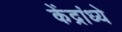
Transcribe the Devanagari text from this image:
केंद्रांध्ये